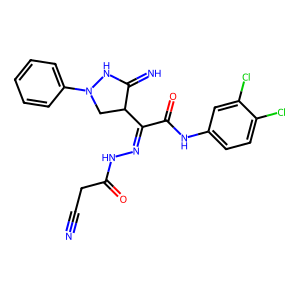
SMILES: N#CCC(=O)NN=C(C(=O)Nc1ccc(Cl)c(Cl)c1)C1CN(c2ccccc2)NC1=N
Inhibits HIV replication: No